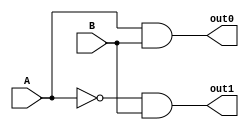
module sinalizar_acerto_erro(A, B, out0, out1);
	input A, B;
	output out0, out1;
	
	wire A_inv;
	
	not (A_inv, A);
		
		
	and And36 (out0, A, B);
	and And37(out1, A_inv, B);

endmodule